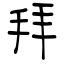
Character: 拜